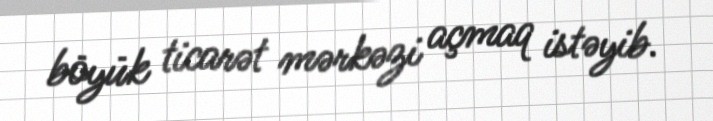
böyük ticarət mərkəzi açmaq istəyib.